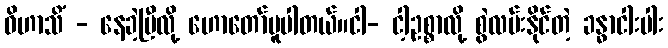
ဝိဟာသိံ - နေခဲ့ပြီလို့ ဟောတော်မူပါတယ်။ငါ- ငါ့ဥစ္စာလို့ စွဲလမ်းနိုင်တဲ့ ခန္ဓာငါးပါး